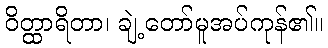
ဝိတ္ထာရိတာ၊ ချဲ့တော်မူအပ်ကုန်၏။